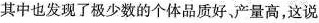
其中也发现了极少数的个体品质好，产量高，这说